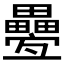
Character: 𤴁